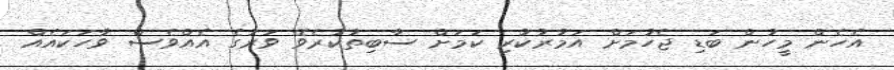
އެހެން މީހުން ބަޑި ޖެހުމަށް އަމުރުކުރި ކަމަށް ސާބިތުކުރެވޭ ވަރުގެ އެއްވެސް ވާހަކައެއް